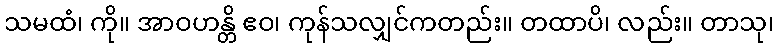
သမထံ၊ ကို။ အာဝဟန္တိ ဧဝ၊ ကုန်သလျှင်ကတည်း။ တထာပိ၊ လည်း။ တာသု၊